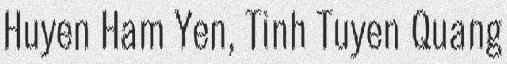
Huyen Ham Yen, Tinh Tuyen Quang